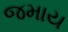
જમાય